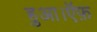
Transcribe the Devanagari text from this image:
हुआ।ऍफ़